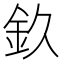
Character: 𨥆